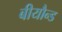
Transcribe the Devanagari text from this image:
बीयौन्ड